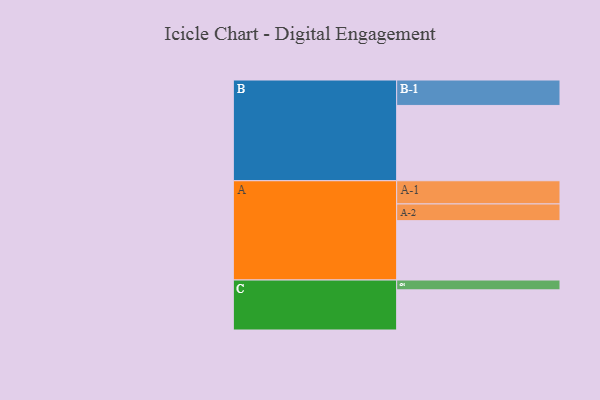
{"axis": {"x": "Segment", "y": "Value"}, "legend": ["", "A", "B", "C"], "data": [{"x": "A", "y": 448, "type": ""}, {"x": "B", "y": 568, "type": ""}, {"x": "C", "y": 303, "type": ""}, {"x": "A-1", "y": 175, "type": "A"}, {"x": "A-2", "y": 126, "type": "A"}, {"x": "B-1", "y": 192, "type": "B"}, {"x": "C-1", "y": 74, "type": "C"}]}